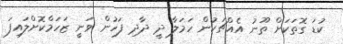
ކުޑަ ގޮތަކަށް ތޫނު އެއްޗަކުން ހަމަލާ ދީ ދާދި ފަހުން ވަނީ ޒަހަމްކޮށްލައިފަ